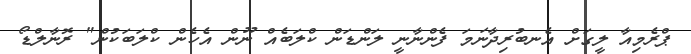
ޕްރެމިއާ ލީގަށް އެނބުރިދާނަމަ ފެންނާނީ ލަންޑަން ކްލަބެއް ނޫން އެހެން ކްލަބަކުން" ރޮނާލްޑޯ